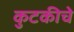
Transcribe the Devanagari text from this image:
कुटकीचे